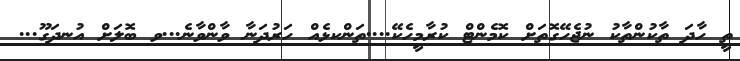
ތީ ހާދަ ތާކުންތާކު ނުޖެހޭގޮތަށް ކޮމެންޓް ކުރާމީހެކޭ....ތަންކޅެއް ހަރުދަނާ ވާންވާނެ...ވ ބޮލަށް އުނދަގޫ...